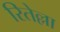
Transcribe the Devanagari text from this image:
रितेल्ला